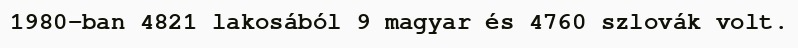
1980-ban 4821 lakosából 9 magyar és 4760 szlovák volt.